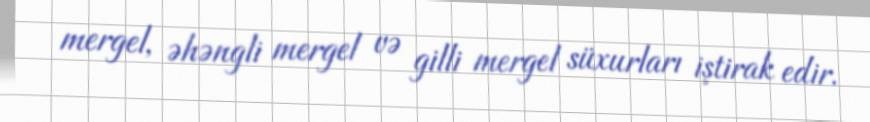
mergel, əhəngli mergel və gilli mergel süxurları iştirak edir.